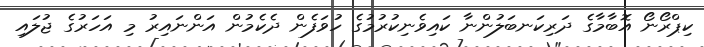
ކިޕްރޯނޯ އޮބާމާގެ ދަރިކަނބަލުންނާ ކައިވެނިކުރުމުގެ ހުވަފެން ދެކެމުން އަންނައިރު މި އަހަރުގެ ޖުލައި